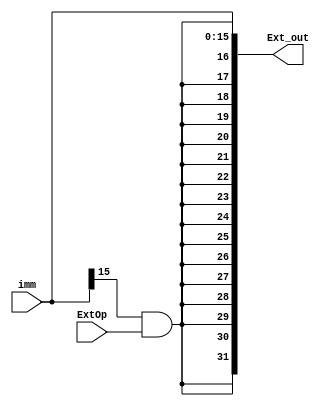
module EXT(Ext_out, imm, ExtOp); 
  output [31:0] Ext_out; 
  input [15:0] imm; 
  input ExtOp; 

  assign Ext_out = {{16{imm[15]&ExtOp}}, imm}; 

endmodule